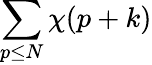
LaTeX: \sum_{p\leq N}\chi(p+k)